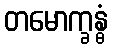
တမောက္ခန္ဓံ